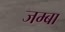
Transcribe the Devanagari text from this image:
जम्बा